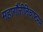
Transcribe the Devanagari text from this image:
महागौरीतिचाष्टमम्